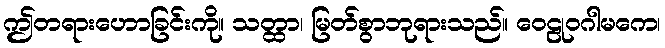
ဤတရားဟောခြင်းကို။ သတ္ထာ၊ မြတ်စွာဘုရားသည်။ ဝေဠုဝဂါမကေ၊